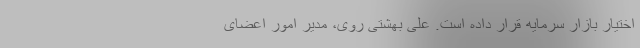
اختیار بازار سرمایه قرار داده است. علی بهشتی روی، مدیر امور اعضای